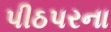
પીઠપરના